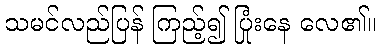
သမင်လည်ပြန် ကြည့်၍ ပြုံးနေ လေ၏။